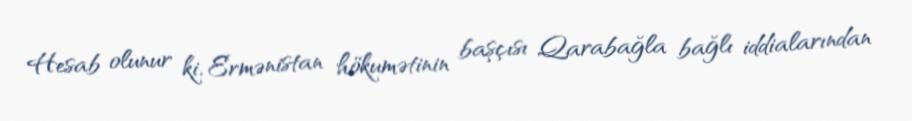
Hesab olunur ki, Ermənistan hökumətinin başçısı Qarabağla bağlı iddialarından